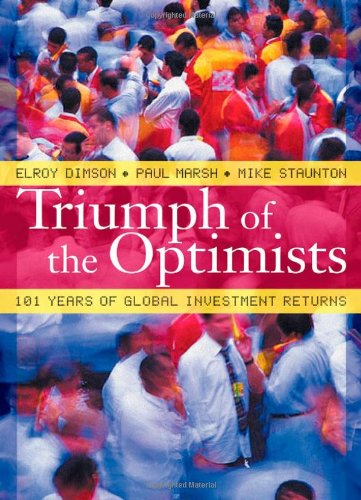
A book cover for Triumph of the Optimists: 101 Years of Global Investment Returns; Elroy Dimson; Business & Money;